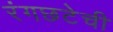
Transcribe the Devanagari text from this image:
रंगछटेची